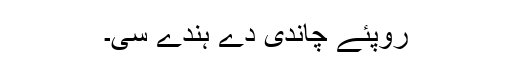
روپئے چاندی دے ہُندے سی۔